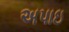
અપાઇ